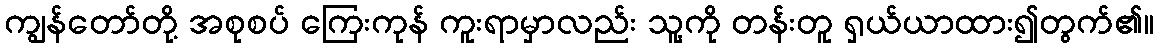
ကျွန်တော်တို့ အစုစပ် ကြေးကုန် ကူးရာမှာလည်း သူ့ကို တန်းတူ ရှယ်ယာထား၍တွက်၏။